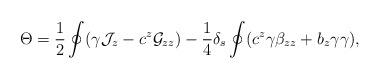
LaTeX: \begin{align*}\Theta={1\over 2}\oint(\gamma{\cal J}_{z}-c^z{\cal G}_{zz})-{1\over 4}\delta_s \oint (c^z\gamma\beta_{zz}+b_{z}\gamma\gamma),\end{align*}